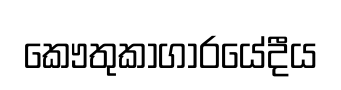
කෞතුකාගාරයේදීය